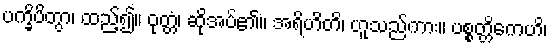
ပက္ခိပိတွာ၊ ထည့်၍။ ဝုတ္တံ၊ ဆိုအပ်၏။ အရိဟိတိ၊ ဟူသည်ကား။ ပစ္စတ္တိကေဟိ၊